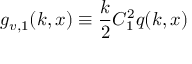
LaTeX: g _ { v , 1 } ( k , x ) \equiv \frac { k } { 2 } C _ { 1 } ^ { 2 } q ( k , x )